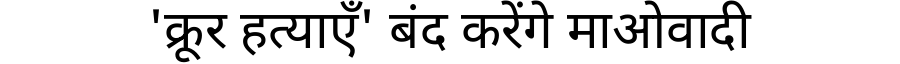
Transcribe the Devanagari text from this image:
'क्रूर हत्याएँ' बंद करेंगे माओवादी